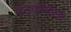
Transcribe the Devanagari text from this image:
पटक्याला